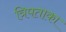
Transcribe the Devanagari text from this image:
त्रिपताका